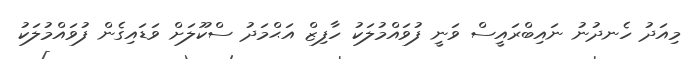
މިއަދު ހެނދުނު ނައިބްރައީސް ވަނީ ފުވައްމުލަކު ހާފިޒް އަޙްމަދު ސްކޫލަށް ވަޑައިގެން ފުވައްމުލަކު